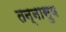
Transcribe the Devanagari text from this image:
तन्नासुव